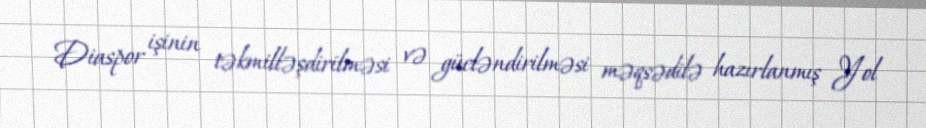
Diaspor işinin təkmilləşdirilməsi və gücləndirilməsi məqsədilə hazırlanmış Yol